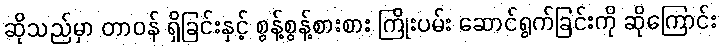
ဆိုသည်မှာ တာဝန် ရှိခြင်းနှင့် စွန့်စွန့်စားစား ကြိုးပမ်း ဆောင်ရွက်ခြင်းကို ဆိုကြောင်း